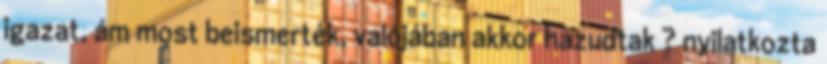
igazat, ám most beismerték, valójában akkor hazudtak ? nyilatkozta